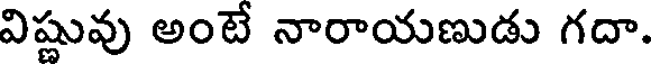
విష్ణువు అంటే నారాయణుడు గదా.